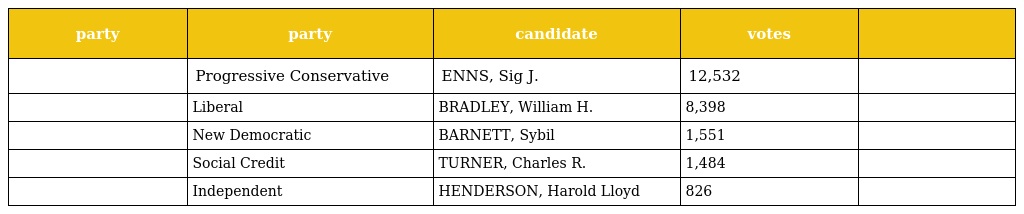
| party | party | candidate | votes |  |
 | --- | --- | --- | --- | --- |
 |  | Progressive Conservative | ENNS, Sig J. | 12,532 |  |
 |  | Liberal | BRADLEY, William H. | 8,398 |  |
 |  | New Democratic | BARNETT, Sybil | 1,551 |  |
 |  | Social Credit | TURNER, Charles R. | 1,484 |  |
 |  | Independent | HENDERSON, Harold Lloyd | 826 |  |